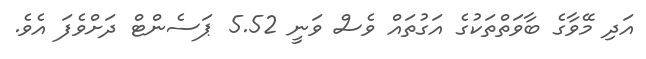
އަދި މޭވާގެ ބާވަތްތަކުގެ އަގުތައް ވެސް ވަނީ 5.52 ޕަސެންޓް ދަށްވެފަ އެވެ.